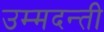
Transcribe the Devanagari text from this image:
उम्मदन्ती